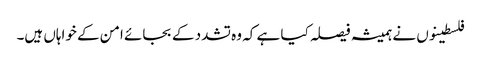
فلسطینوں نے ہمیشہ فیصلہ کیا ہے کہ وہ تشدد کے بجائے امن کے خواہاں ہیں۔